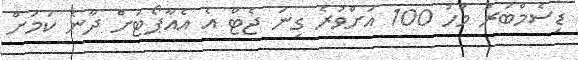
ޑިސެމްބަރު މަހު 100 އަށްވުރެ ގިނަ ޖެޓް އެ އެއާޕޯޓަށް ދާނެ ކަމަށް